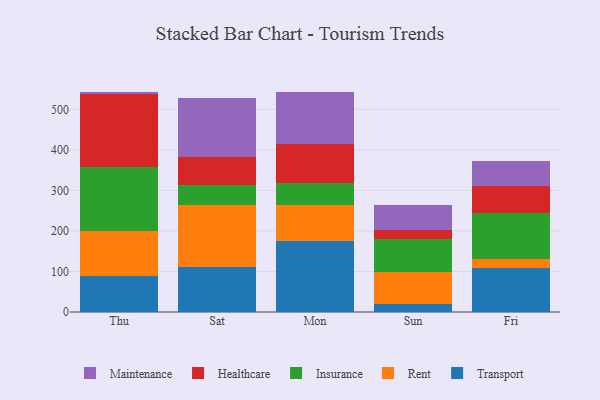
{"axis": {"x": "Day", "y": "Demand Index"}, "legend": ["Healthcare", "Insurance", "Maintenance", "Rent", "Transport"], "data": [{"x": "Thu", "y": 89.3, "type": "Transport"}, {"x": "Thu", "y": 109.6, "type": "Rent"}, {"x": "Thu", "y": 159.2, "type": "Insurance"}, {"x": "Thu", "y": 179.6, "type": "Healthcare"}, {"x": "Thu", "y": 6.1, "type": "Maintenance"}, {"x": "Sat", "y": 110.2, "type": "Transport"}, {"x": "Sat", "y": 154.4, "type": "Rent"}, {"x": "Sat", "y": 48.2, "type": "Insurance"}, {"x": "Sat", "y": 70.3, "type": "Healthcare"}, {"x": "Sat", "y": 145.9, "type": "Maintenance"}, {"x": "Mon", "y": 175.3, "type": "Transport"}, {"x": "Mon", "y": 88.6, "type": "Rent"}, {"x": "Mon", "y": 54.2, "type": "Insurance"}, {"x": "Mon", "y": 96.8, "type": "Healthcare"}, {"x": "Mon", "y": 127.9, "type": "Maintenance"}, {"x": "Sun", "y": 18.8, "type": "Transport"}, {"x": "Sun", "y": 79.9, "type": "Rent"}, {"x": "Sun", "y": 81.1, "type": "Insurance"}, {"x": "Sun", "y": 22.4, "type": "Healthcare"}, {"x": "Sun", "y": 61.7, "type": "Maintenance"}, {"x": "Fri", "y": 108.5, "type": "Transport"}, {"x": "Fri", "y": 22.3, "type": "Rent"}, {"x": "Fri", "y": 113.3, "type": "Insurance"}, {"x": "Fri", "y": 67.8, "type": "Healthcare"}, {"x": "Fri", "y": 61.4, "type": "Maintenance"}]}